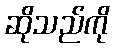
ဆိုသည်ကို